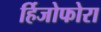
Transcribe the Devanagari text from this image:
र्हिजोफोरा